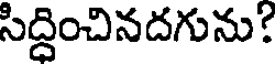
సిద్దించినదగును!